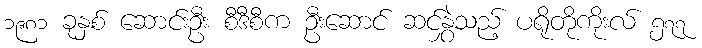
၁၉၈၁ ခုနှစ် ဆောင်းဦး စီဒီစီက ဦးဆောင် ဆင်နွှဲသည့် ပရိုတိုကိုးလ် ၅၇၇